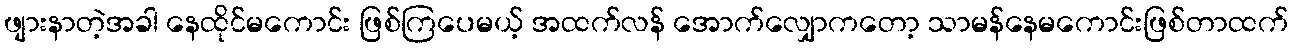
ဖျားနာတဲ့အခါ နေထိုင်မကောင်း ဖြစ်ကြပေမယ့် အထက်လန် အောက်လျှောကတော့ သာမန်နေမကောင်းဖြစ်တာထက်